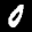
Label: 0